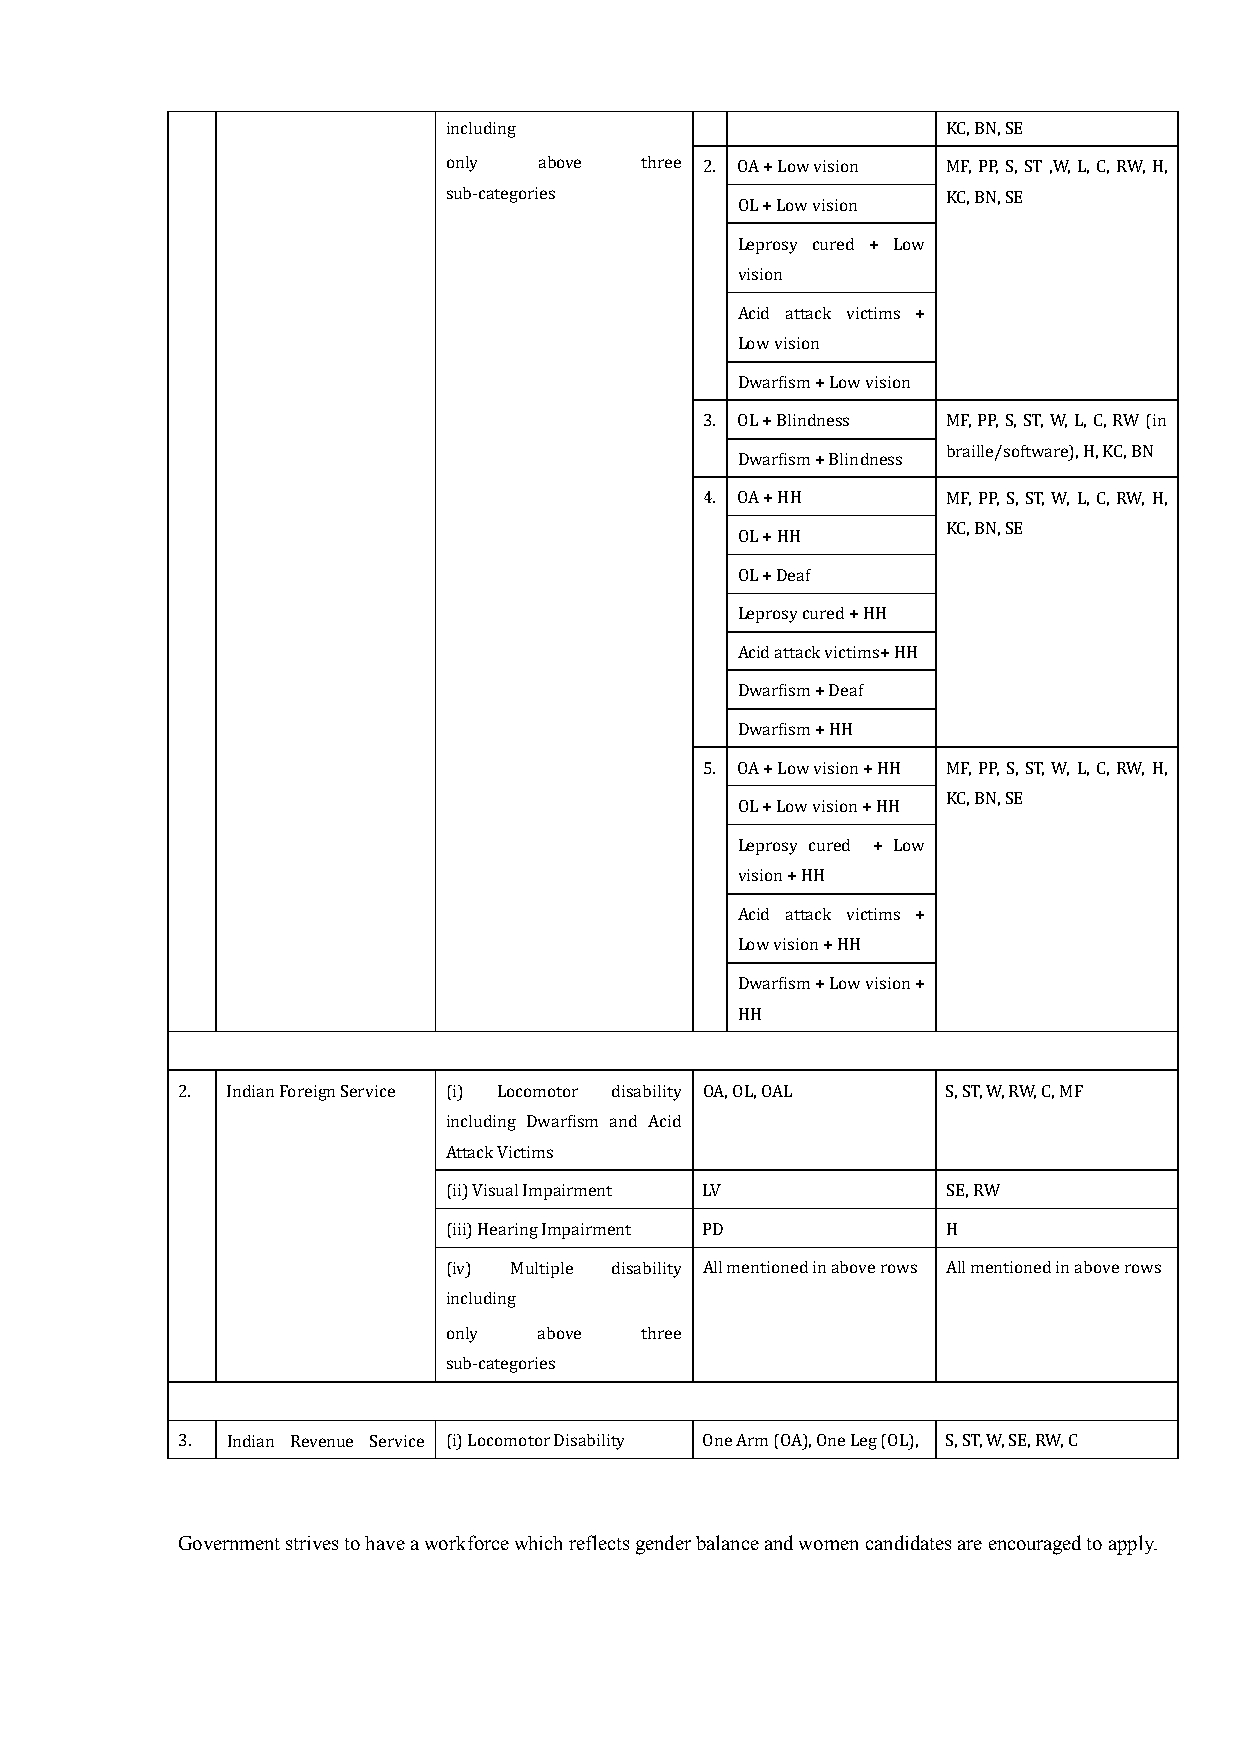
including                         KC, BN, SE
 only   above three 2. OA + Low vision MF, PP, S, ST ,W, L, C, RW, H,
 sub-categories                    KC, BN, SE
 OL + Low vision
 Leprosy cured + Low
 vision
 Acid attack victims +
 Low vision
 Dwarfism + Low vision
 3. OL + Blindness MF, PP, S, ST, W, L, C, RW (in
 braille/software), H, KC, BN
 Dwarfism + Blindness
 4. OA + HH      MF, PP, S, ST, W, L, C, RW, H,
 KC, BN, SE
 OL + HH
 OL + Deaf
 Leprosy cured + HH
 Acid attack victims+ HH
 Dwarfism + Deaf
 Dwarfism + HH
 5. OA + Low vision + HH MF, PP, S, ST, W, L, C, RW, H,
 KC, BN, SE
 OL + Low vision + HH
 Leprosy cured + Low
 vision + HH
 Acid attack victims +
 Low vision + HH
 Dwarfism + Low vision +
 HH
 2. Indian Foreign Service (i) Locomotor disability OA, OL, OAL S, ST, W, RW, C, MF
 including Dwarfism and Acid
 Attack Victims
 (ii) Visual Impairment LV         SE, RW
 (iii) Hearing Impairment PD       H
 (iv) Multiple disability All mentioned in above rows All mentioned in above rows
 including
 only   above three
 sub-categories
 3. Indian Revenue Service (i) Locomotor Disability One Arm (OA), One Leg (OL), S, ST, W, SE, RW, C
 Government strives to have a workforce which reflects gender balance and women candidates are encouraged to apply.